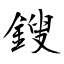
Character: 鎪